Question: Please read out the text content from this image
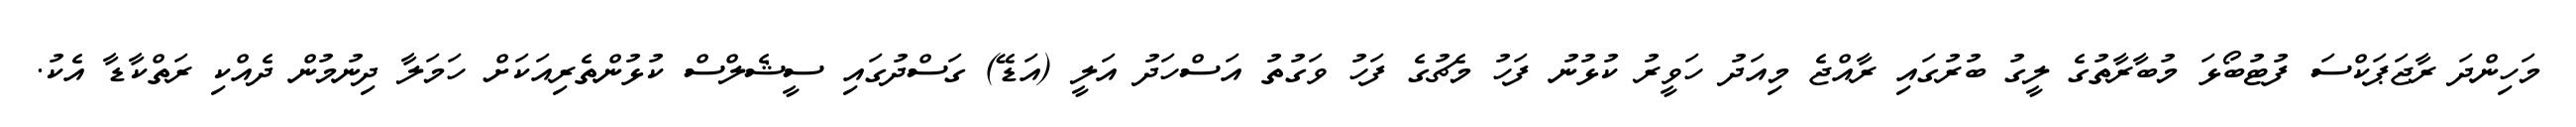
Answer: މަހިންދަ ރާޖަޕަކްސަ ފުޓުބޯޅަ މުބާރާތުގެ ލީގު ބުރުގައި ރާއްޖެ މިއަދު ހަވީރު ކުޅުނު ފަހު މެޗުގެ ފަހު ވަގުތު އަސްހަދު އަލީ (އަޑޭ) ގަސްދުގައި ސީޝެލްސް ކުޅުންތެރިއަކަށް ހަމަލާ ދިނުމުން ދެއްކި ރަތްކާޑާ އެކު.